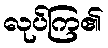
လုပ်ကြ၏